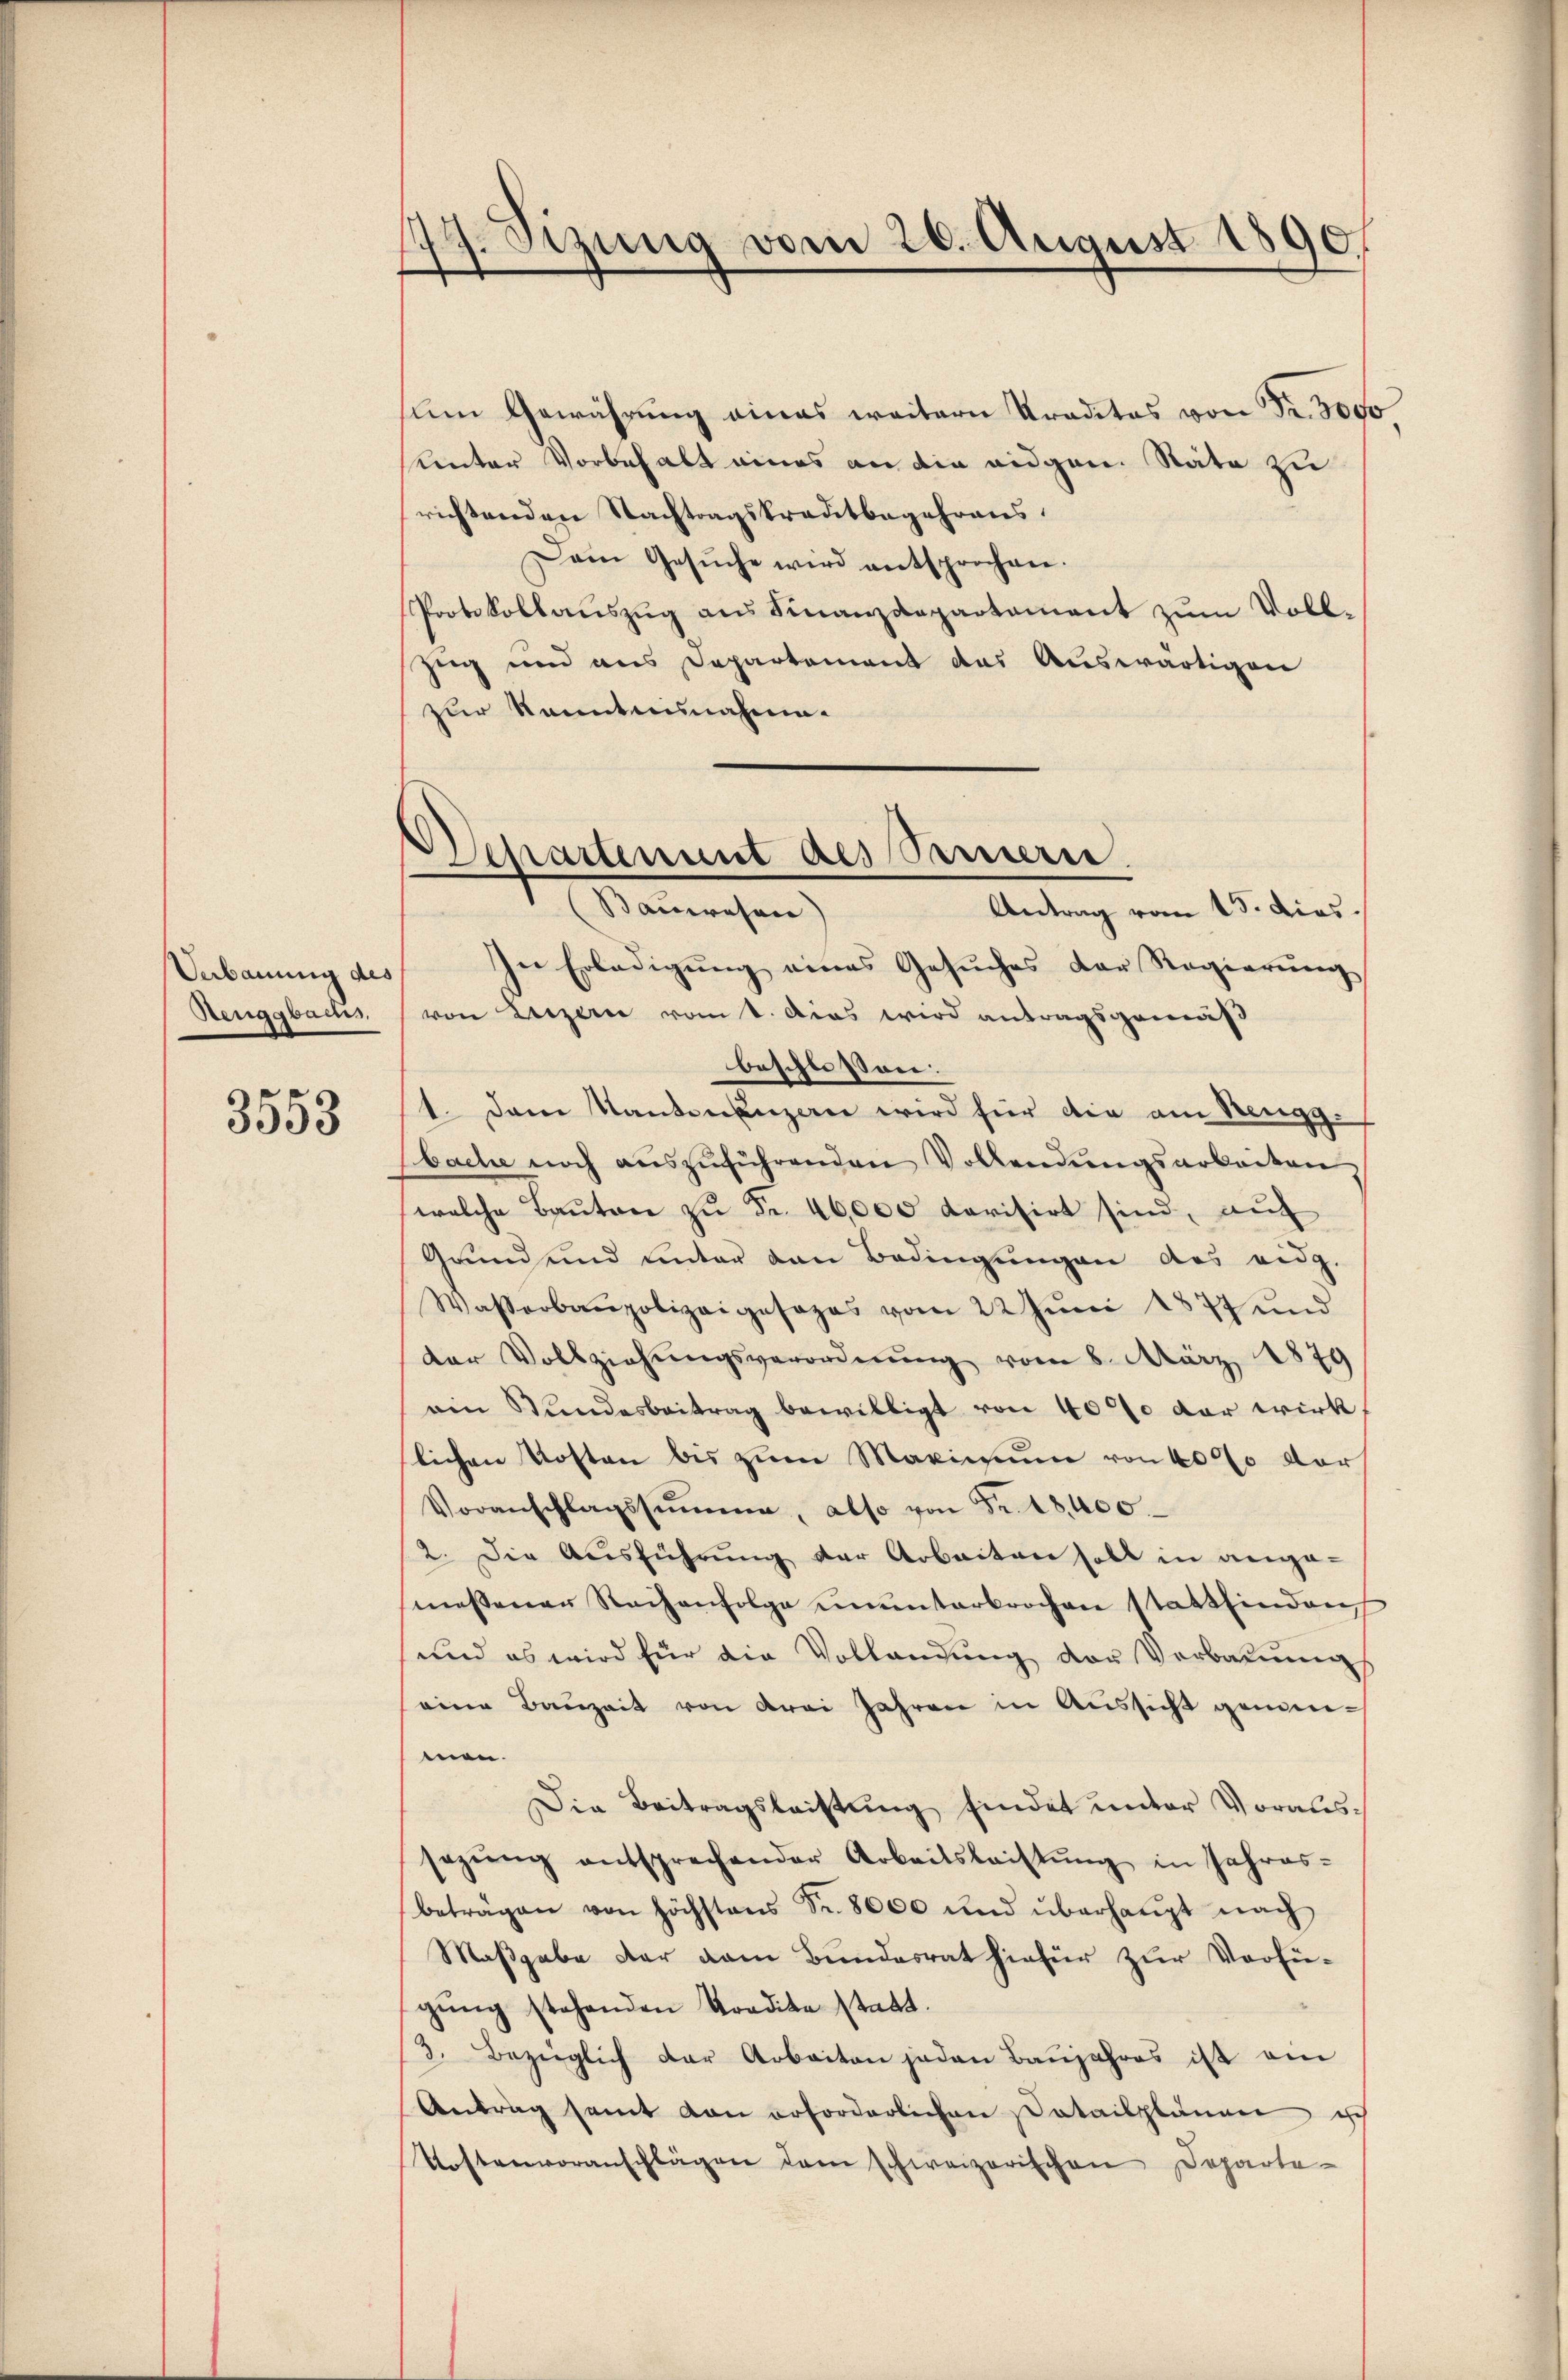
Verbauung des
Renggbachs,

3553

149. Sizung vom 26. August 1890.
f
d

Chatent als Samerie
Sanwesen
Antrag vom 15. Dies

ŭm Gewährung eines weitern Traditas von Fr. 3000
Kinter Vorbehalt eines an die eidgen. Nate zu
richtenden Nachtragskreditbegehrens.
Dem Gesŭche wird entsprochen.
Protokollauszug aus Finanzdepartament zum Voll-
Zug und aus Departement das Auswärtigen
zur Kenntnisnahme.
In Erledigung eines Gesuches der Regierung
von Luzern vom 1. Das wird antragsgemäß
beschloßen:
1. Dem Kantonenzen wird für die am Rengg-
bache noch aŭszŭführenden Vollendŭngsarbeiten,
welche Bauten zu Fr. 46,000 darisirt sind, auf
Grund und unter den Bedingungen des eidg.
Wasserbaupolizeigesezes vom 22 Jŭni 1877 und
der Vollziehungsverordnŭng vom 8. März 1879
ain Stundesbeitrag bewilligt von 4000 dar wirk
lichen Kosten bis zum Maximum von 4000 vor
Voranschlagssumme, also von Fr. 18400
2. Die Aŭsführŭng der Arbeiten soll in ange-
messener Rachenfolge ununterbrochen stattfinden
und es wird für die Vollandung der Verbauung
eine Bauzeit von drei Jahren in Aŭssicht genimen.
Die Beitragsleistung findet unter Voralissegŭng entsprechender Arbeitsleistŭng in Jahres-
beträgen von höchstens Fr. 8000 und überhaupt nach
Maßgabe der dem Bundesrat hiefür zur Verfü-
gŭng stehenden Tradita statt.
3. Bezüglich der Arbeiten jeden Baŭjahres ist am
Antrag samt von erforderlichen Patailplänen ich
Kostenvoranschlägen dem schweizerischen Departe